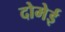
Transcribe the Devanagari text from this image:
दोमेई